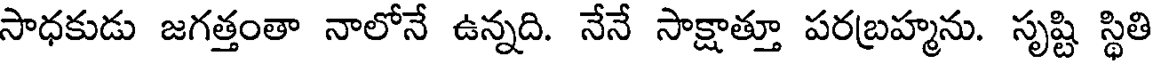
సాధకుడు జగత్తంతా నాలోనే ఉన్నది. నేనే సాక్షాత్తూ పరబ్రహ్మను. సృష్టి స్థితి